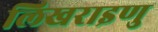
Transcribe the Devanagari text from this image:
लिखराइणु